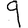
Digit: 9